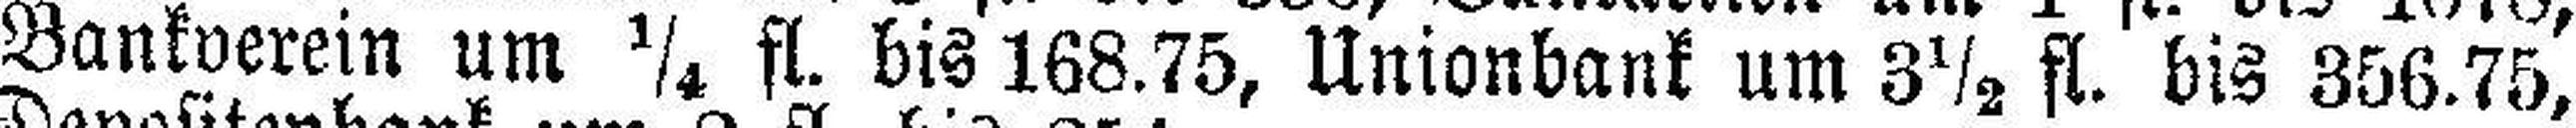
Bankverein um ¼ fl. bis 168.75, Unionbank um 3½ fl. bis 356.75,